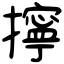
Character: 擰